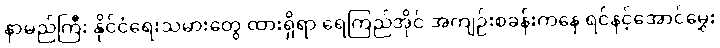
နာမည်ကြီး နိုင်ငံရေးသမားတွေ ထားရှိရာ ရေကြည်အိုင် အကျဉ်းစခန်းကနေ ရင်နင့်အောင်မွှေး